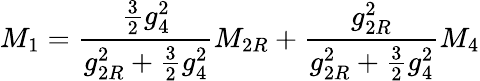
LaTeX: M_{1}={\frac{{\frac{3}{2}}g_{4}^{2}}{g_{2R}^{2}+{\frac{3}{2}}g_{4}^{2}}}M_{2R}+{\frac{g_{2R}^{2}}{g_{2R}^{2}+{\frac{3}{2}}g_{4}^{2}}}M_{4}